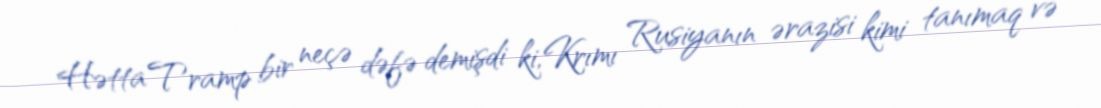
Hətta Tramp bir neçə dəfə demişdi ki, Krımı Rusiyanın ərazisi kimi tanımaq və